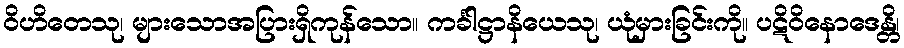
ဝိဟိတေသု၊ များသောအပြားရှိကုန်သော။ ကင်္ခါဋ္ဌာနိယေသု၊ ယုံမှားခြင်းကို။ ပဋိဝိနောဒေန္တိ၊